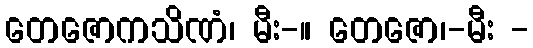
တေဇောကသိဏံ၊ မီး-။ တေဇော၊-မီး -